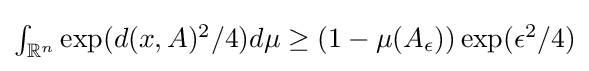
{\textstyle \int _{\mathbb {R} ^{n}}\exp(d(x,A)^{2}/4)d\mu \geq (1-\mu (A_{\epsilon }))\exp(\epsilon ^{2}/4)}